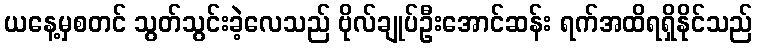
ယနေ့မှစတင် သွတ်သွင်းခဲ့လေသည် ဗိုလ်ချုပ်ဦးအောင်ဆန်း ရက်အထိရရှိနိုင်သည်